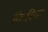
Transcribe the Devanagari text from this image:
किरिया